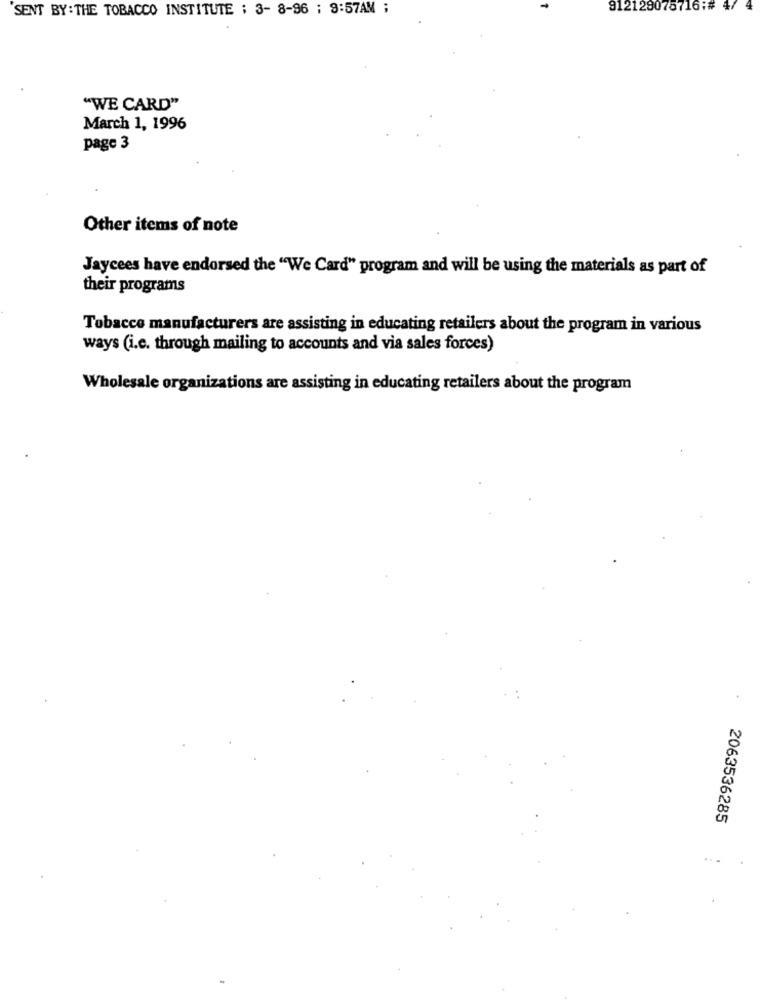
SENT BY: THE TOBACCO INSTITUTE : 3- 8-96 : 9:57AM ;
912129078716:# 4/
"WE CARD"
March 1, 1996
page 3
Other items of note
Jaycees have endorsed the "We Card" program and will be using the materials as part of
their programs
Tobacco manufacturers are assisting in educating retailers about the program in various
ways (i.e. through mailing to accounts and via sales forces)
Wholesale organizations are assisting in educating retailers about the program
2063536285
..